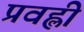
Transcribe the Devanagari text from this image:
प्रवह्ली